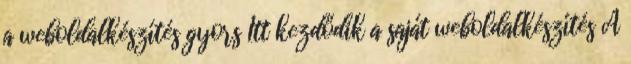
a weboldalkészítés gyors Itt kezdődik a saját weboldalkészítés A